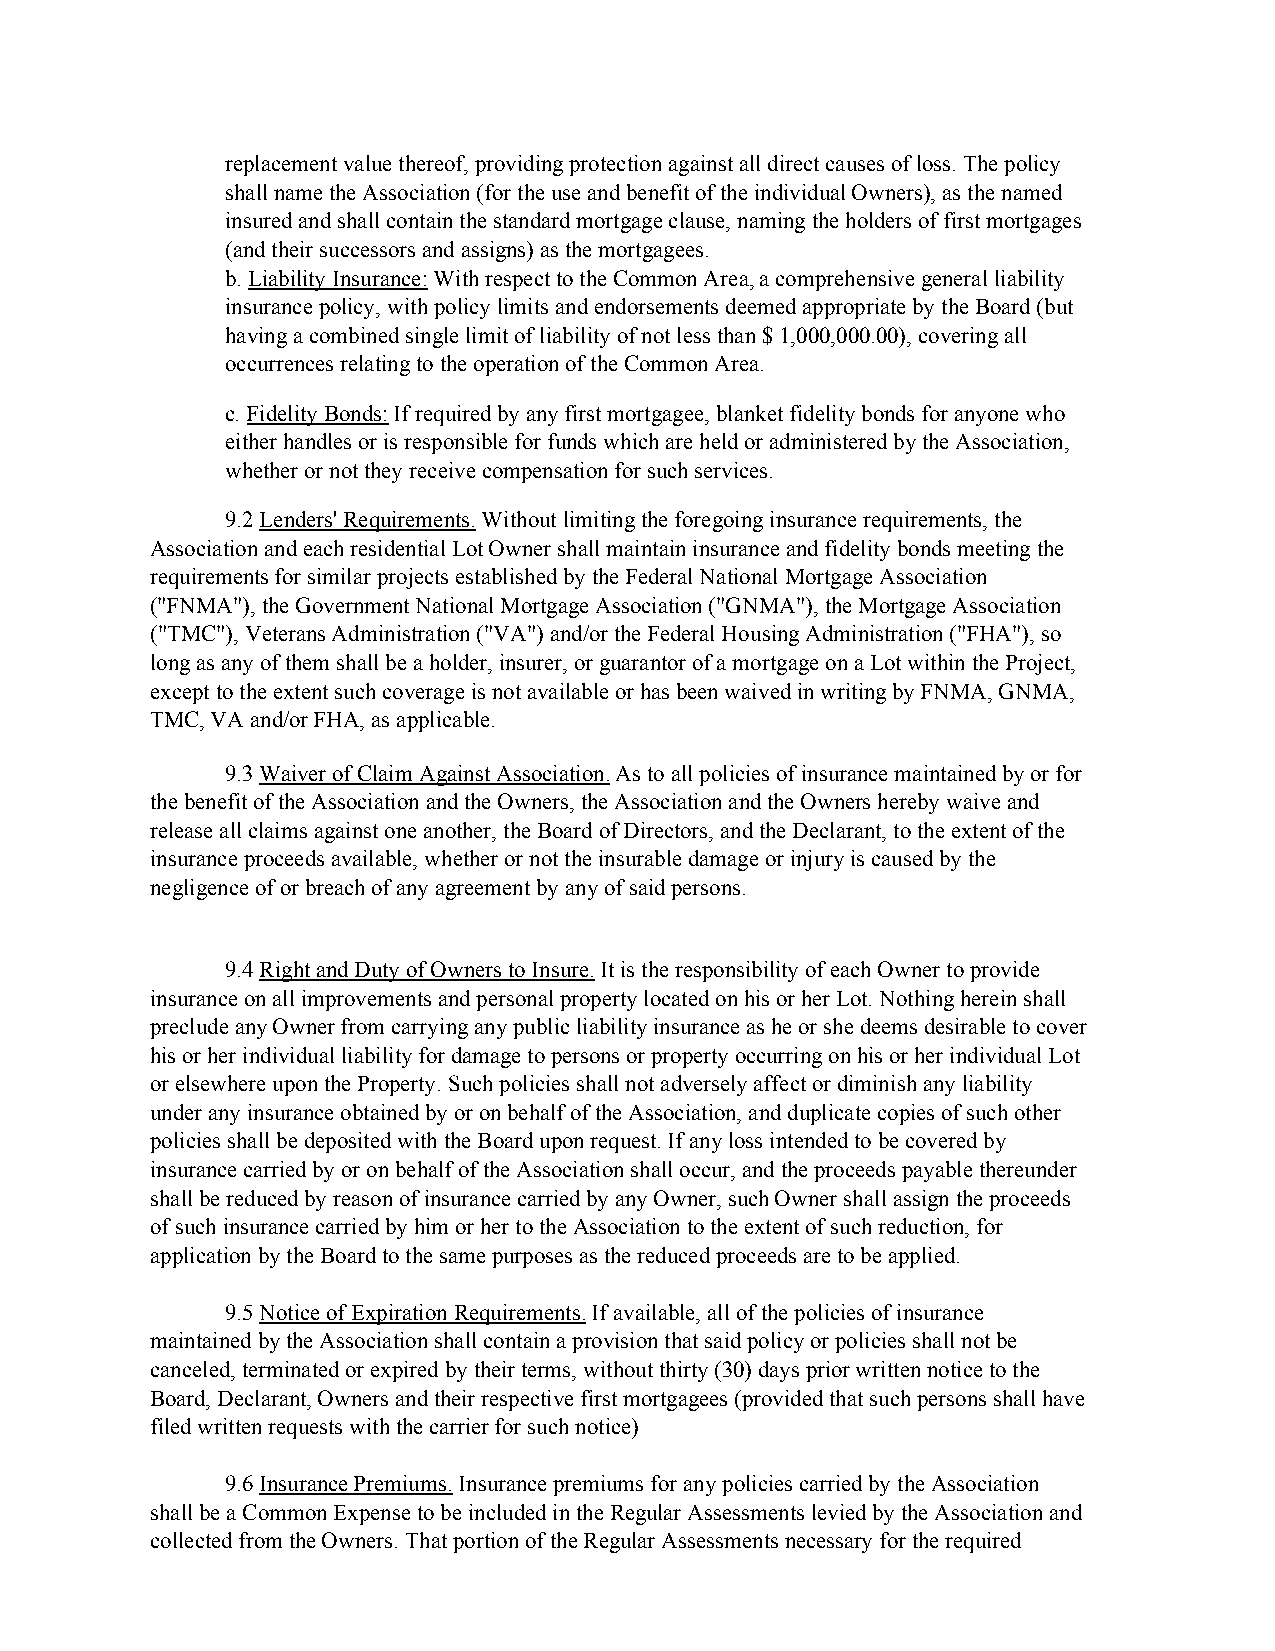
replacement value thereof, providing protection against all direct causes of loss. The policy
 shall name the Association (for the use and benefit of the individual Owners), as the named
 insured and shall contain the standard mortgage clause, naming the holders of first mortgages
 (and their successors and assigns) as the mortgagees.
 b. Liability Insurance: With respect to the Common Area, a comprehensive general liability
 insurance policy, with policy limits and endorsements deemed appropriate by the Board (but
 having a combined single limit of liability of not less than $ 1,000,000.00), covering all
 occurrences relating to the operation of the Common Area.
 c. Fidelity Bonds: If required by any first mortgagee, blanket fidelity bonds for anyone who
 either handles or is responsible for funds which are held or administered by the Association,
 whether or not they receive compensation for such services.
 9.2 Lenders' Requirements. Without limiting the foregoing insurance requirements, the
 Association and each residential Lot Owner shall maintain insurance and fidelity bonds meeting the
 requirements for similar projects established by the Federal National Mortgage Association
 ("FNMA"), the Government National Mortgage Association ("GNMA"), the Mortgage Association
 ("TMC"), Veterans Administration ("VA") and/or the Federal Housing Administration ("FHA"), so
 long as any of them shall be a holder, insurer, or guarantor of a mortgage on a Lot within the Project,
 except to the extent such coverage is not available or has been waived in writing by FNMA, GNMA,
 TMC, VA and/or FHA, as applicable.
 9.3 Waiver of Claim Against Association. As to all policies of insurance maintained by or for
 the benefit of the Association and the Owners, the Association and the Owners hereby waive and
 release all claims against one another, the Board of Directors, and the Declarant, to the extent of the
 insurance proceeds available, whether or not the insurable damage or injury is caused by the
 negligence of or breach of any agreement by any of said persons.
 9.4 Right and Duty of Owners to Insure. It is the responsibility of each Owner to provide
 insurance on all improvements and personal property located on his or her Lot. Nothing herein shall
 preclude any Owner from carrying any public liability insurance as he or she deems desirable to cover
 his or her individual liability for damage to persons or property occurring on his or her individual Lot
 or elsewhere upon the Property. Such policies shall not adversely affect or diminish any liability
 under any insurance obtained by or on behalf of the Association, and duplicate copies of such other
 policies shall be deposited with the Board upon request. If any loss intended to be covered by
 insurance carried by or on behalf of the Association shall occur, and the proceeds payable thereunder
 shall be reduced by reason of insurance carried by any Owner, such Owner shall assign the proceeds
 of such insurance carried by him or her to the Association to the extent of such reduction, for
 application by the Board to the same purposes as the reduced proceeds are to be applied.
 9.5 Notice of Expiration Requirements. If available, all of the policies of insurance
 maintained by the Association shall contain a provision that said policy or policies shall not be
 canceled, terminated or expired by their terms, without thirty (30) days prior written notice to the
 Board, Declarant, Owners and their respective first mortgagees (provided that such persons shall have
 filed written requests with the carrier for such notice)
 9.6 Insurance Premiums. Insurance premiums for any policies carried by the Association
 shall be a Common Expense to be included in the Regular Assessments levied by the Association and
 collected from the Owners. That portion of the Regular Assessments necessary for the required